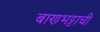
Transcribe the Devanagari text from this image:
बाणभट्टाची